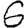
Digit: 6